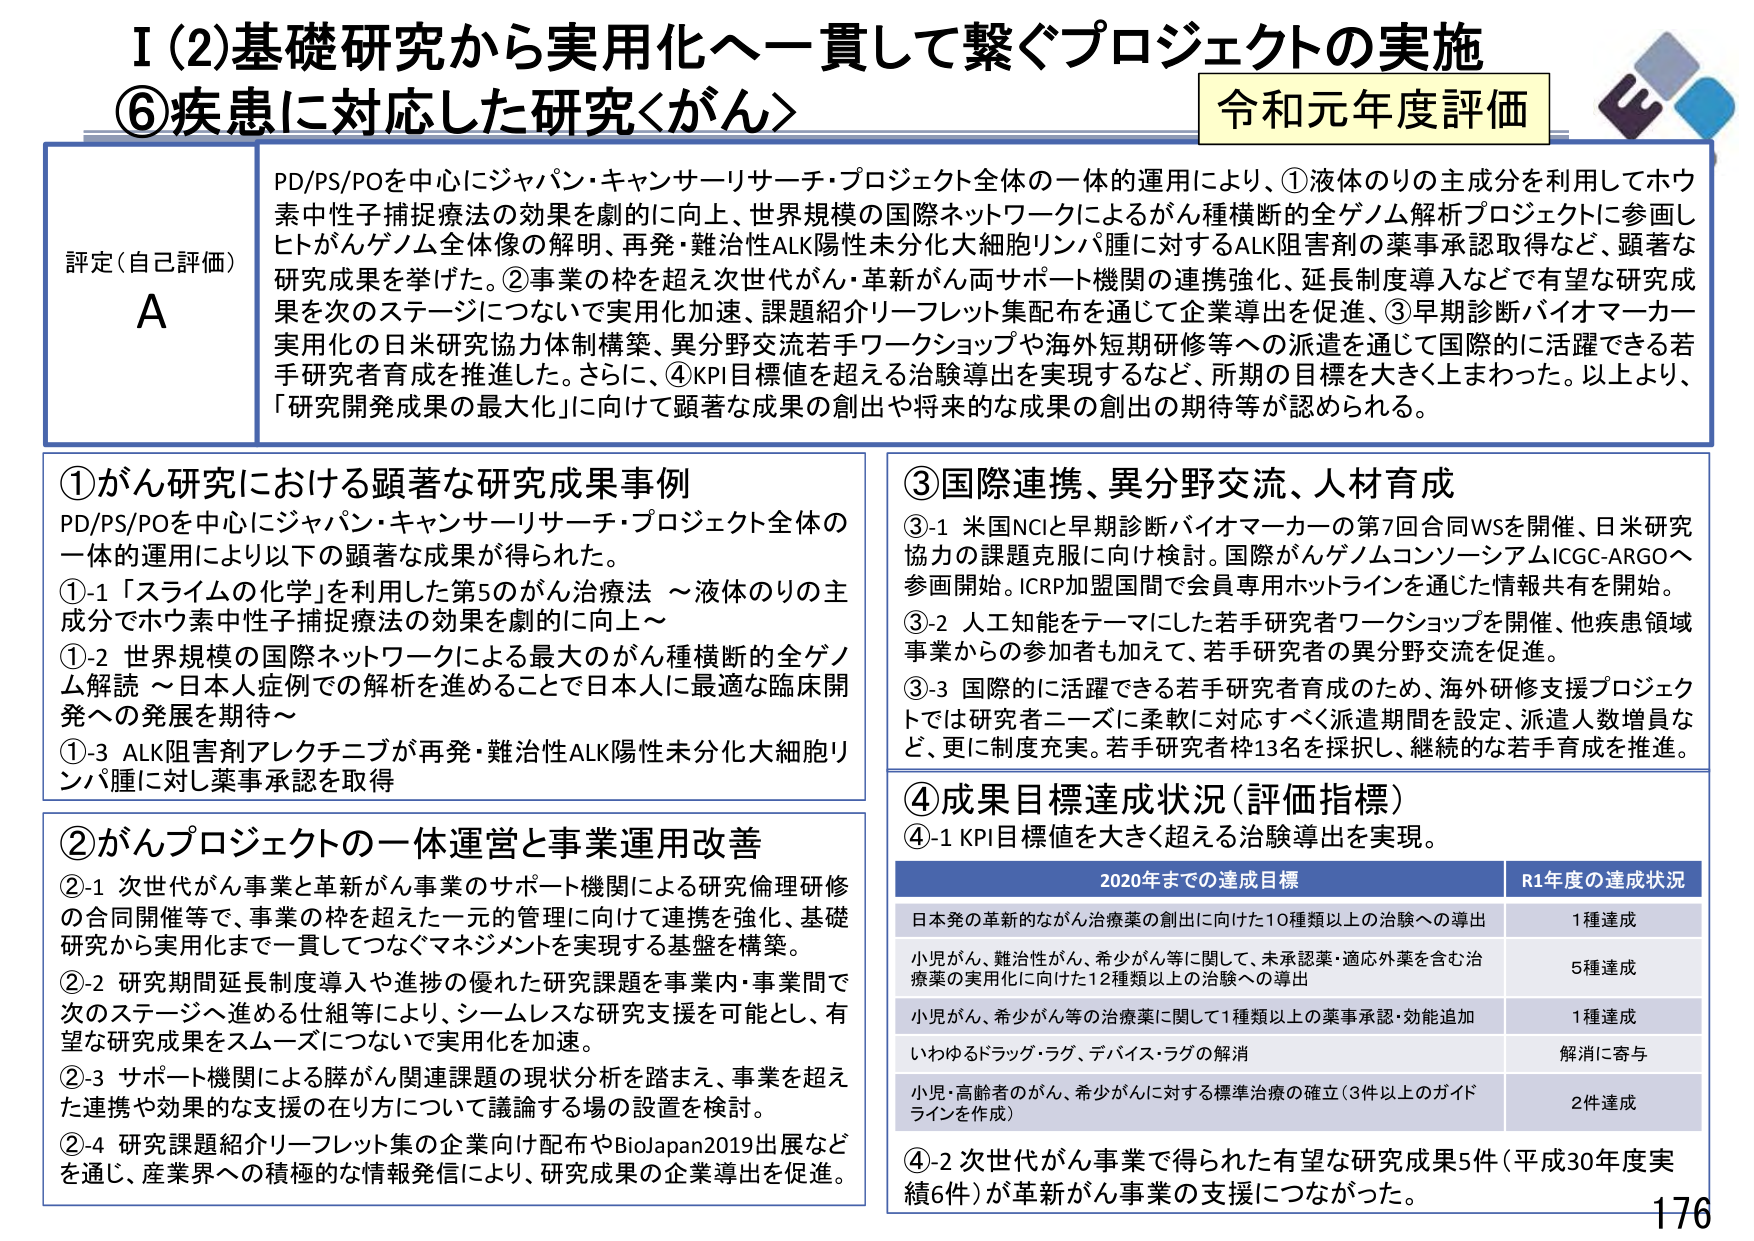
I (2) 基礎研究から実用化へ一貫して繋ぐプロジェクトの実施
⑥疾患に対応した研究<がん>
令和元年度評価

評定（自己評価）
A

PD/PS/POを中心にジャパン・キャンサーリサーチ・プロジェクト全体の一体的運用により、①液体のりの主成分を利用してホウ素中性子捕捉療法の効果を劇的に向上、世界規模の国際ネットワークによるがん種横断的全ゲノム解析プロジェクトに参画しヒトがんゲノム全体像の解明、再発・難治性ALK陽性未分化大細胞リンパ腫に対するALK阻害剤の薬事承認取得など、顕著な研究成果を挙げた。②事業の枠を超えて次世代がん・革新がん両サポート機関の連携強化、延長制度導入などで有望な研究成果を次のステージにつないで実用化加速、課題紹介リーフレット集配布を通じて企業導出を促進、③早期診断バイオマーカー実用化の日米研究協力体制構築、異分野交流若手ワークショップや海外短期研修等への派遣を通じて国際的に活躍できる若手研究者育成を推進した。さらに、④KPI目標値を超える治験導出を実現するなど、所期の目標を大きく上まわった。以上より、「研究開発成果の最大化」に向けて顕著な成果の創出や将来的な成果の創出の期待等が認められる。

①がん研究における顕著な研究成果事例
PD/PS/POを中心にジャパン・キャンサーリサーチ・プロジェクト全体の一体的運用により以下の顕著な成果が得られた。
①-1 「スライムの化学」を利用した第5のがん治療法 ～液体のりの主成分でホウ素中性子捕捉療法の効果を劇的に向上～
①-2 世界規模の国際ネットワークによる最大のがん種横断的全ゲノム解説 ～日本人症例での解析を進めることで日本人に最適な臨床開発への発展を期待～
①-3 ALK阻害剤アレクチニブが再発・難治性ALK陽性未分化大細胞リンパ腫に対し薬事承認を取得

②がんプロジェクトの一体運営と事業運用改善
②-1 次世代がん事業と革新がん事業のサポート機関による研究倫理研修の合同開催等で、事業の枠を超えた一元的管理に向けて連携を強化、基礎研究から実用化まで一貫してつなぐマネジメントを実現する基盤を構築。
②-2 研究期間延長制度導入や進捗の優れた研究課題を事業内・事業間で次のステージへ進める仕組等により、シームレスな研究支援を可能とし、有望な研究成果をスムーズにつないで実用化を加速。
②-3 サポート機関による膵がん関連課題の現状分析を踏まえ、事業を超えた連携や効果的な支援の在り方について議論する場の設置を検討。
②-4 研究課題紹介リーフレット集の企業向け配布やBioJapan2019出展などを通じ、産業界への積極的な情報発信により、研究成果の企業導出を促進。

③国際連携、異分野交流、人材育成
③-1 米国NCIと早期診断バイオマーカーの第7回合同WSを開催、日米研究協力の課題克服に向け検討。国際がんゲノムコンソーシアムICGC-ARGOへ参画開始。ICRP加盟国間で会員専用ホットラインを通じた情報共有を開始。
③-2 人工知能をテーマにした若手研究者ワークショップを開催、他疾患領域事業からの参加者も加えて、若手研究者の異分野交流を促進。
③-3 国際的に活躍できる若手研究者育成のため、海外研修支援プロジェクトでは研究者ニーズに柔軟に対応すべく派遣期間を設定、派遣人数増員など、更に制度充実。若手研究者枠13名を採択し、継続的な若手育成を推進。

④成果目標達成状況（評価指標）
④-1 KPI目標値を大きく超える治験導出を実現。

2020年までの達成目標　　　　　　　　　　　　　R1年度の達成状況
日本発の革新的ながん治療薬の創出に向けた10種類以上の治験への導出